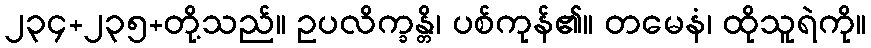
၂၃၄+၂၃၅+တို့သည်။ ဥပလိက္ခန္တိ၊ ပစ်ကုန်၏။ တမေနံ၊ ထိုသူရဲကို။